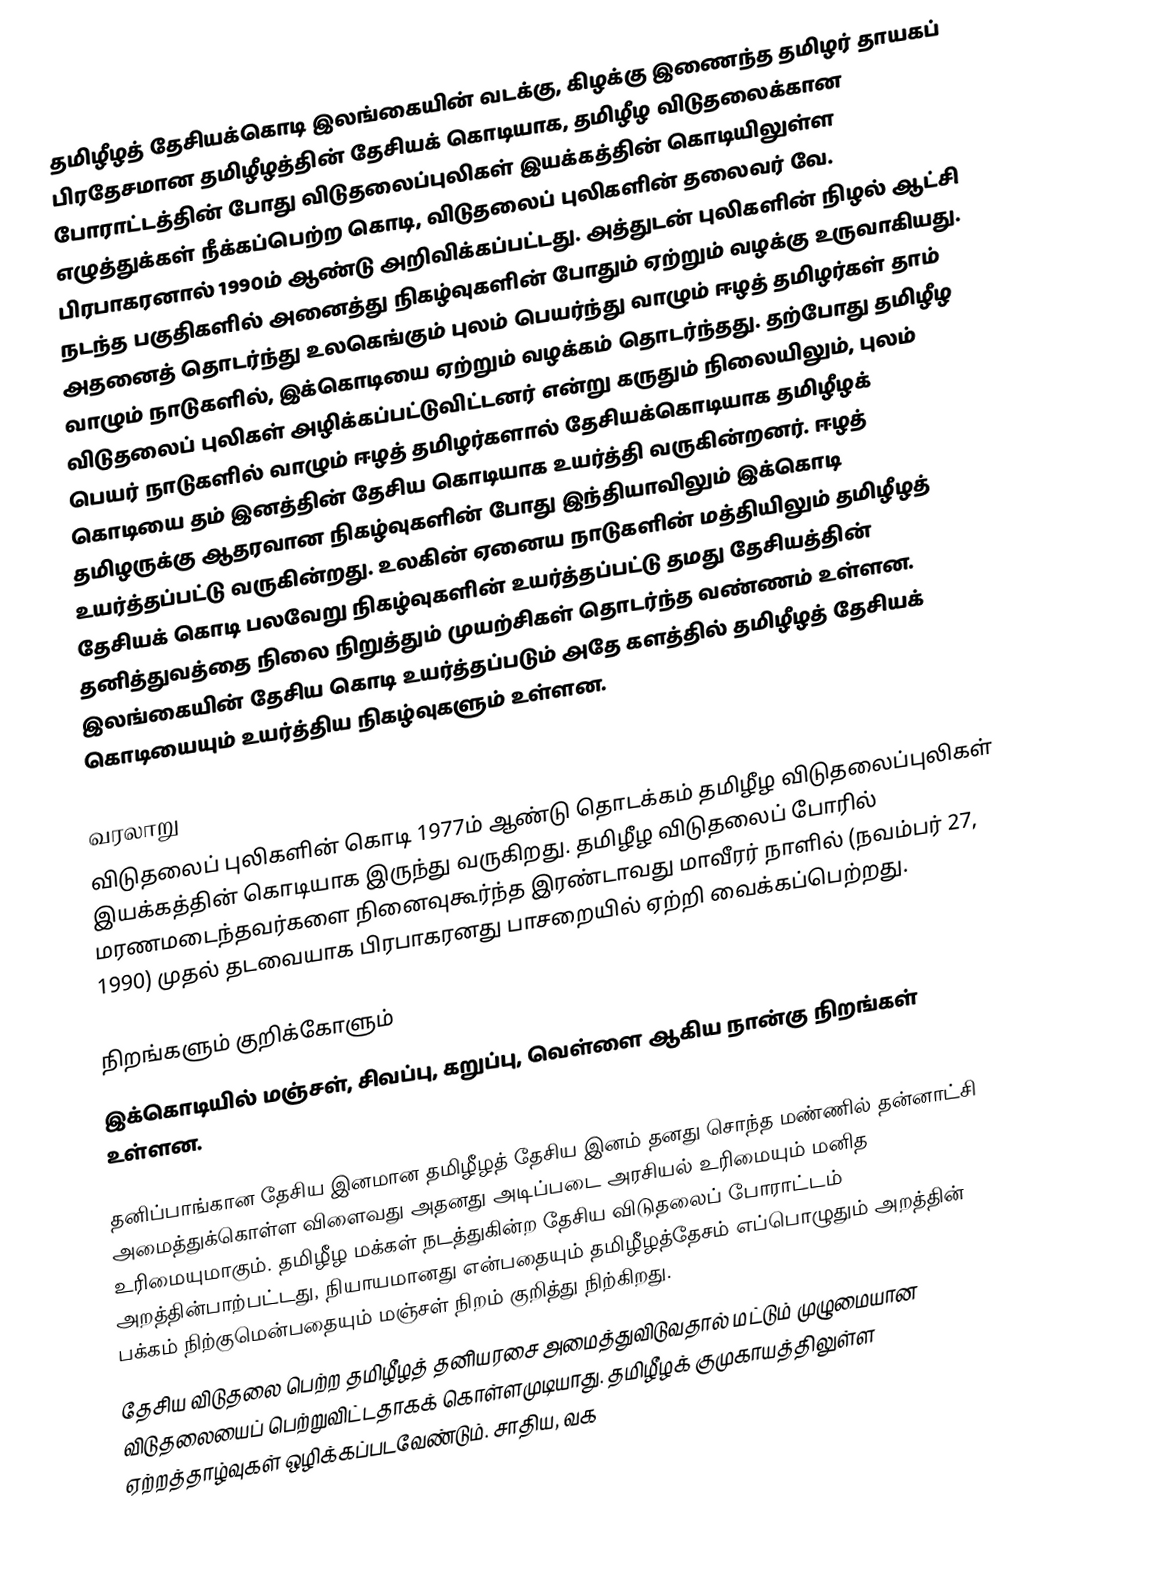
தமிழீழத் தேசியக்கொடி இலங்கையின் வடக்கு, கிழக்கு இணைந்த தமிழர் தாயகப் பிரதேசமான தமிழீழத்தின் தேசியக் கொடியாக, தமிழீழ விடுதலைக்கான போராட்டத்தின் போது விடுதலைப்புலிகள் இயக்கத்தின் கொடியிலுள்ள எழுத்துக்கள் நீக்கப்பெற்ற கொடி, விடுதலைப் புலிகளின் தலைவர் வே. பிரபாகரனால் 1990ம் ஆண்டு அறிவிக்கப்பட்டது. அத்துடன் புலிகளின் நிழல் ஆட்சி நடந்த பகுதிகளில் அனைத்து நிகழ்வுகளின் போதும் ஏற்றும் வழக்கு உருவாகியது. அதனைத் தொடர்ந்து உலகெங்கும் புலம் பெயர்ந்து வாழும் ஈழத் தமிழர்கள் தாம் வாழும் நாடுகளில், இக்கொடியை ஏற்றும் வழக்கம் தொடர்ந்தது. தற்போது தமிழீழ விடுதலைப் புலிகள் அழிக்கப்பட்டுவிட்டனர் என்று கருதும் நிலையிலும், புலம் பெயர் நாடுகளில் வாழும் ஈழத் தமிழர்களால் தேசியக்கொடியாக தமிழீழக் கொடியை தம் இனத்தின் தேசிய கொடியாக உயர்த்தி வருகின்றனர். ஈழத் தமிழருக்கு ஆதரவான நிகழ்வுகளின் போது இந்தியாவிலும் இக்கொடி உயர்த்தப்பட்டு வருகின்றது. உலகின் ஏனைய நாடுகளின் மத்தியிலும் தமிழீழத் தேசியக் கொடி பலவேறு நிகழ்வுகளின் உயர்த்தப்பட்டு தமது தேசியத்தின் தனித்துவத்தை நிலை நிறுத்தும் முயற்சிகள் தொடர்ந்த வண்ணம் உள்ளன. இலங்கையின் தேசிய கொடி உயர்த்தப்படும் அதே களத்தில் தமிழீழத் தேசியக் கொடியையும் உயர்த்திய நிகழ்வுகளும் உள்ளன.

வரலாறு
விடுதலைப் புலிகளின் கொடி 1977ம் ஆண்டு தொடக்கம் தமிழீழ விடுதலைப்புலிகள் இயக்கத்தின் கொடியாக இருந்து வருகிறது. தமிழீழ விடுதலைப் போரில் மரணமடைந்தவர்களை நினைவுகூர்ந்த இரண்டாவது மாவீரர் நாளில் (நவம்பர் 27, 1990) முதல் தடவையாக பிரபாகரனது பாசறையில் ஏற்றி வைக்கப்பெற்றது.

நிறங்களும் குறிக்கோளும்
இக்கொடியில் மஞ்சள், சிவப்பு, கறுப்பு, வெள்ளை ஆகிய நான்கு நிறங்கள் உள்ளன.

 தனிப்பாங்கான தேசிய இனமான தமிழீழத் தேசிய இனம் தனது சொந்த மண்ணில் தன்னாட்சி அமைத்துக்கொள்ள விளைவது அதனது அடிப்படை அரசியல் உரிமையும் மனித உரிமையுமாகும். தமிழீழ மக்கள் நடத்துகின்ற தேசிய விடுதலைப் போராட்டம் அறத்தின்பாற்பட்டது, நியாயமானது என்பதையும் தமிழீழத்தேசம் எப்பொழுதும் அறத்தின் பக்கம் நிற்குமென்பதையும் மஞ்சள் நிறம் குறித்து நிற்கிறது.
 தேசிய விடுதலை பெற்ற தமிழீழத் தனியரசை அமைத்துவிடுவதால் மட்டும் முழுமையான விடுதலையைப் பெற்றுவிட்டதாகக் கொள்ளமுடியாது. தமிழீழக் குமுகாயத்திலுள்ள ஏற்றத்தாழ்வுகள் ஒழிக்கப்படவேண்டும். சாதிய, வக